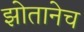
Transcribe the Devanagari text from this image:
झोतानेच